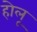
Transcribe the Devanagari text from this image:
होलू